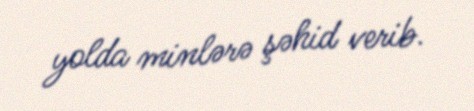
yolda minlərə şəhid verib.